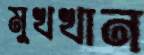
মুখখান